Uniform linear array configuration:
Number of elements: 12
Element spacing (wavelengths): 1
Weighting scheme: kaiser
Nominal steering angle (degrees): -60
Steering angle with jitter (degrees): -58.359
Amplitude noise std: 0.05
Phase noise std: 0.05

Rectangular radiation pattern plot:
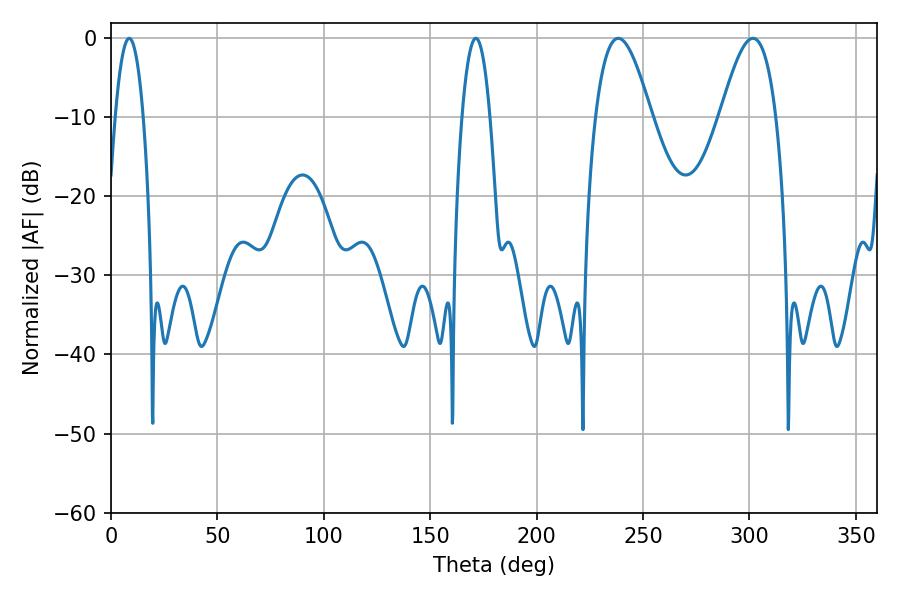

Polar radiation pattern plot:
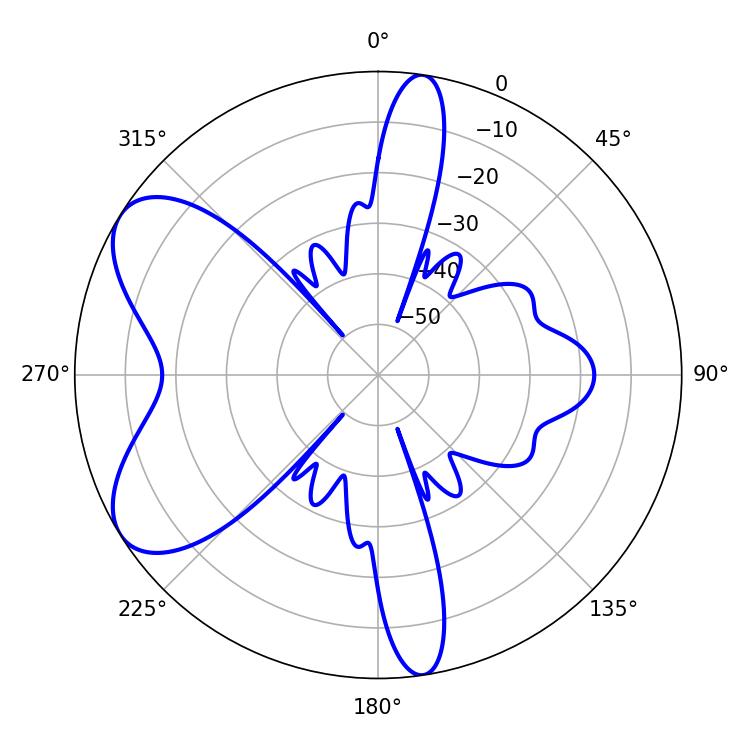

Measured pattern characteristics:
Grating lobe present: TRUE
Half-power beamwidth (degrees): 14.22
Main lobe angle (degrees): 238.32